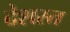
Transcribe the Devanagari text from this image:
देशस्त